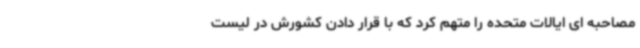
مصاحبه ای ایالات متحده را متهم کرد که با قرار دادن کشورش در لیست